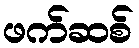
ဖက်ဆစ်